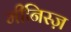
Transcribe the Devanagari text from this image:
मीनिस्ज़